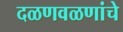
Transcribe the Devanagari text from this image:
दळणवळणांचे